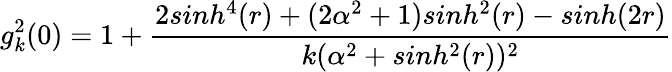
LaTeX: g_{k}^{2}(0)=1+\frac{2sinh^{4}(r)+(2\alpha^{2}+1)sinh^{2}(r)-sinh(2r)}{k(\alpha^{2}+sinh^{2}(r))^{2}}